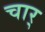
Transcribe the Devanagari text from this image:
चार्